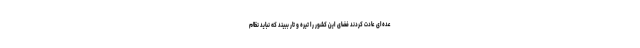
عده‌ای عادت کردند فضای این کشور را تیره و تار ببیند که نباید نظام